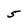
Character: 5